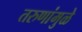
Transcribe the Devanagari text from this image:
तरुणांमुळे